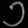
Digit: ၁